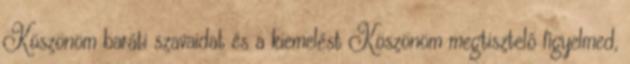
Köszönöm baráti szavaidat és a kiemelést Köszönöm megtisztelő figyelmed,